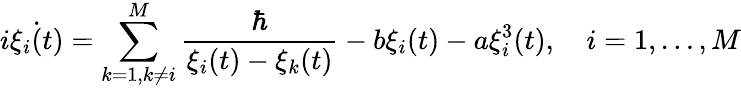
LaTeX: i\dot{\xi_{i}(t)}=\sum_{k=1,k\neq i}^{M}\frac{\hbar}{\xi_{i}(t)-\xi_{k}(t)}-b\xi_{i}(t)-a\xi_{i}^{3}(t),\quad i=1,\dots,M